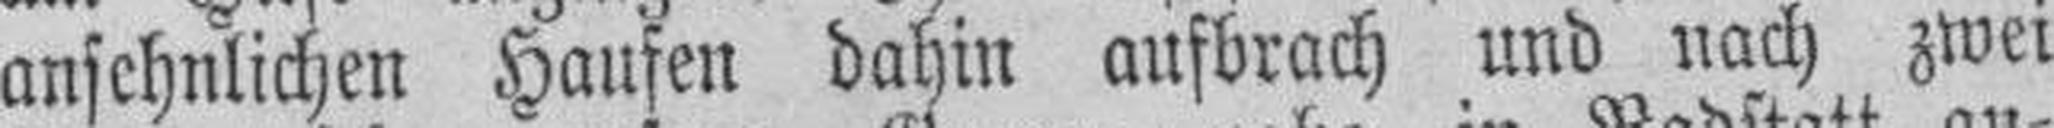
ansehnlichen Haufen dahin ausbrach und nach zwei